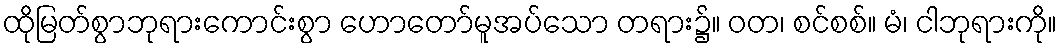
ထိုမြတ်စွာဘုရားကောင်းစွာ ဟောတော်မူအပ်သော တရား၌။ ဝတ၊ စင်စစ်။ မံ၊ ငါဘုရားကို။